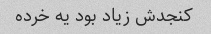
کنجدش زیاد بود یه خرده